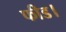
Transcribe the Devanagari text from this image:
फीड।